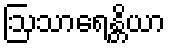
ဩသာရေန္တိယာ